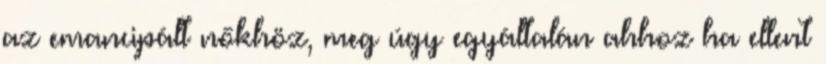
az emancipált nőkhöz, meg úgy egyáltalán ahhoz ha ellent